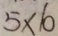
5 \times 1 0